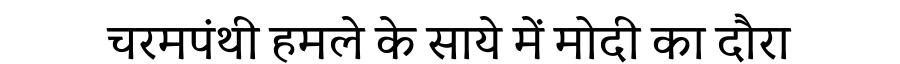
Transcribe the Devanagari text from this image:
चरमपंथी हमले के साये में मोदी का दौरा